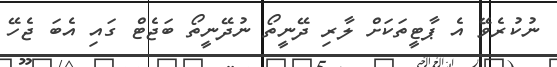
ނުކުރެވޭ އެ ޕާޓީތަކަށް ލާރި ދޭނީތޯ ނުދޭނީތޯ ބަޖެޓް ގައި އެބަ ޖެހޭ